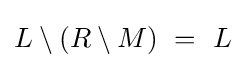
L\setminus (R\setminus M)~=~L